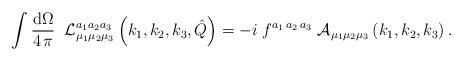
LaTeX: \begin{align*}\int \frac{{\rm d}\Omega}{4\,\pi}\;\;{\cal L}_{\mu_1\mu_2\mu_3}^{a_1 a_2 a_3}\left(k_1,k_2,k_3,\hat Q\right)=-i\;f^{a_1\,a_2\,a_3}\;{\cal A}_{\mu_1\mu_2\mu_3}\left(k_1,k_2,k_3\right).\end{align*}